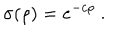
\sigma ( \rho ) = e ^ { - c \rho } ~ .